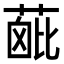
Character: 𦶰